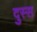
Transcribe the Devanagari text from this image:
दुस्स